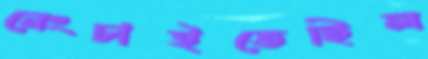
নেংচাইতেছিল